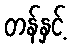
တန်နှင့်